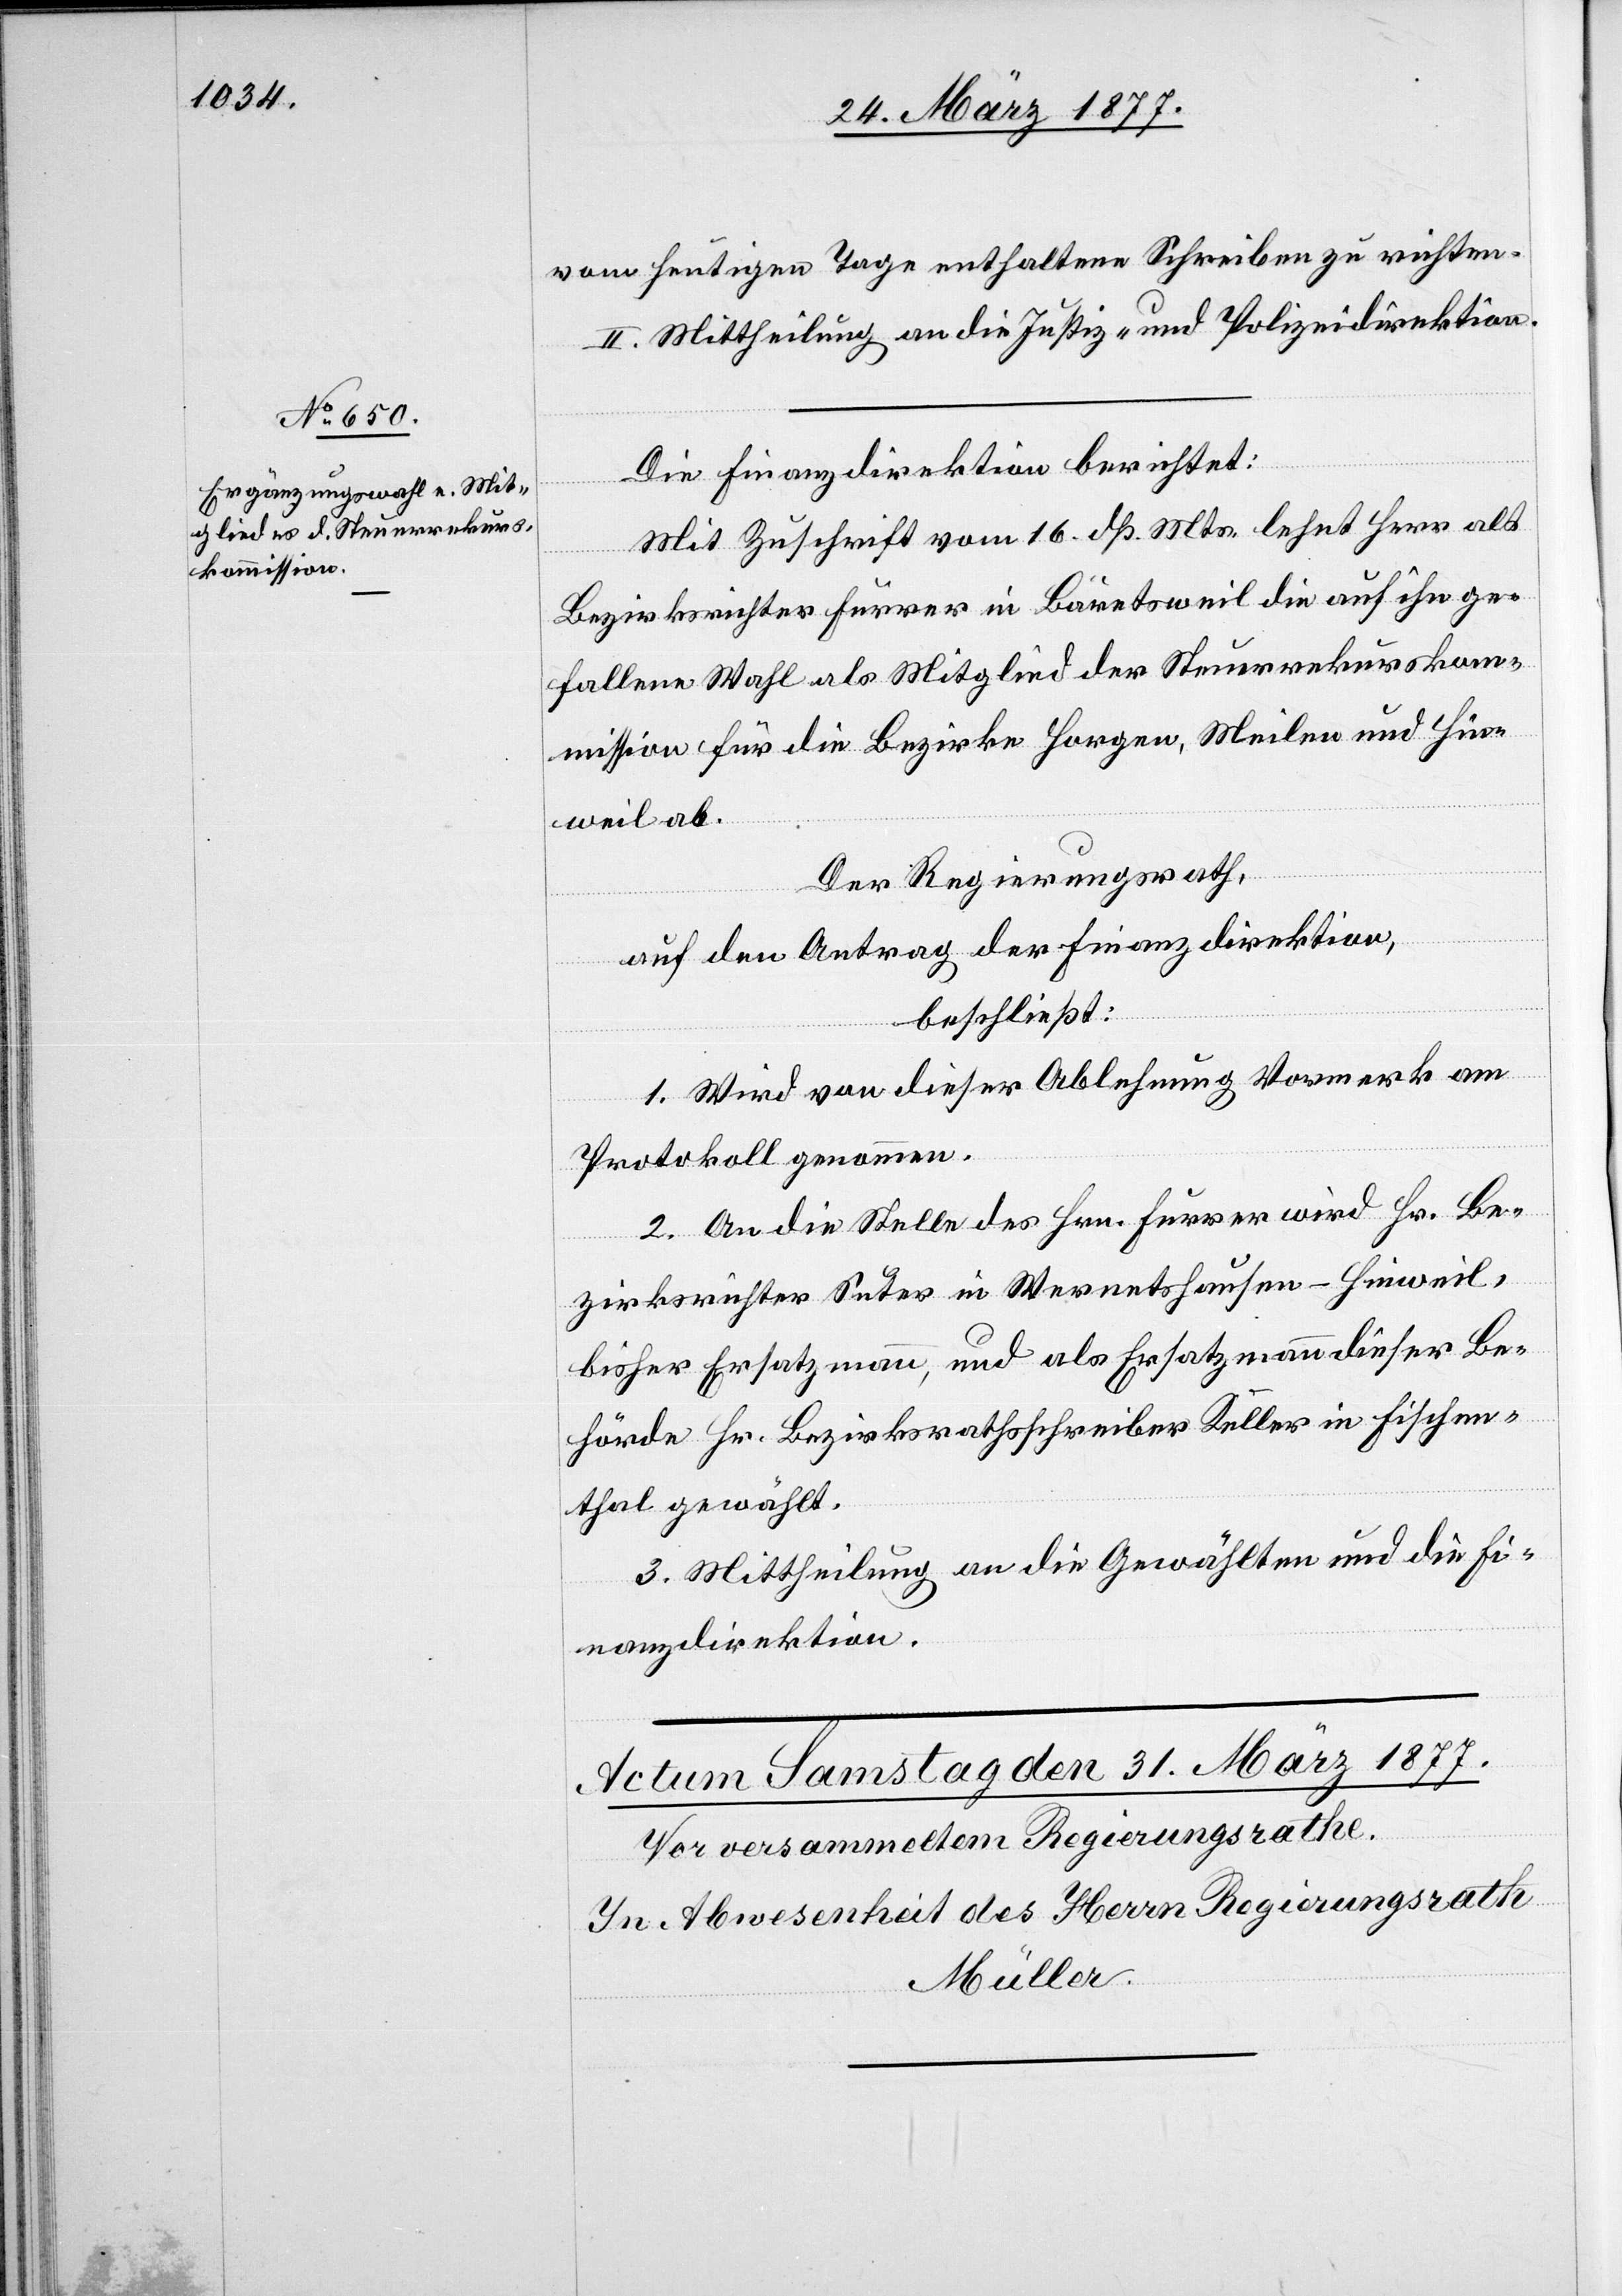
26. März 1877.]
vom heutigen Tage enthaltene Schreiben zu richten.
II. Mittheilung an die Justiz- und Polizeidirektion.
Die Finanzdirektion berichtet:
Mit Zuschrift vom 16. dß. Mts. lehnt Herr alt
Bezirksrichter Furrer in Bärentsweil die auf ihn ge¬
fallene Wahl als Mitglied der Steuerrekurskom¬
mission für die Bezirke Horgen, Meilen und Hin¬
weil ab.
Der Regierungsrath,
auf den Antrag der Finanzdirektion,
beschließt:
1. Wird von dieser Ablehnung Vormerk am
Protokoll genommen.
2. An die Stelle des Hrn. Furrer wird Hr. Be¬
zirksrichter Suter in Wernetshausen - Hinweil,
bisher Ersatzmann, und als Ersatzmann dieser Be¬
hörde Hr. Bezirksrathsschreiber Keller in Fischen¬
thal gewählt.
3. Mittheilung an die Gewählten und die Fi¬
nanzdirektion.